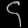
Digit: ၄